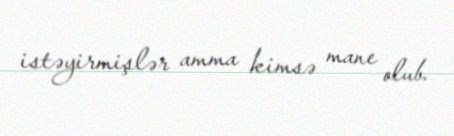
istəyirmişlər amma kimsə mane olub.